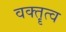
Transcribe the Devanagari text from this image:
वक्‍तॄत्‍व